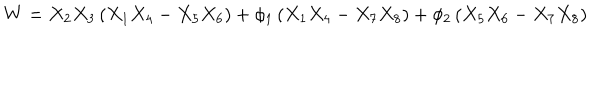
W = X _ { 2 } X _ { 3 } \left( X _ { 1 } X _ { 4 } - X _ { 5 } X _ { 6 } \right) + \phi _ { 1 } \left( X _ { 1 } X _ { 4 } - X _ { 7 } X _ { 8 } \right) + \phi _ { 2 } \left( X _ { 5 } X _ { 6 } - X _ { 7 } X _ { 8 } \right)